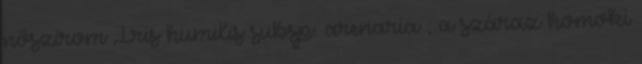
nőszirom Iris humilis subsp. arenaria , a száraz homoki